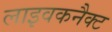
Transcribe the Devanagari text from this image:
लाइवकनैक्ट